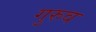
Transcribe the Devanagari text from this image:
गुरुव